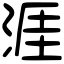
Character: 涯